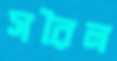
সরৈল